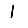
Digit: 1